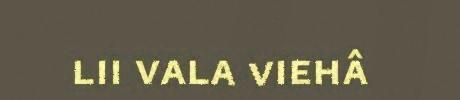
lii vala viehâ